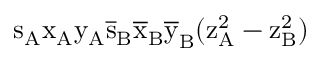
\mathrm { s _ { A } \mathrm { x _ { A } \mathrm { y _ { A } \mathrm { \overline { { s } } _ { B } \mathrm { \overline { { x } } _ { B } \mathrm { \overline { { y } } _ { B } ( \mathrm { z _ { A } ^ { 2 } - \mathrm { z _ { B } ^ { 2 } ) } } } } } } } }